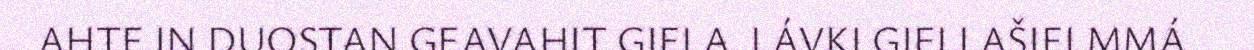
AHTE IN DUOSTAN GEAVAHIT GIELA. LÁVKI GIELLAŠIELMMÁ